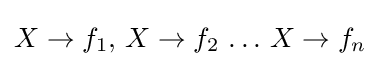
X\rightarrow f_{1},\,X\rightarrow f_{2}\,\ldots \,X\rightarrow f_{n}